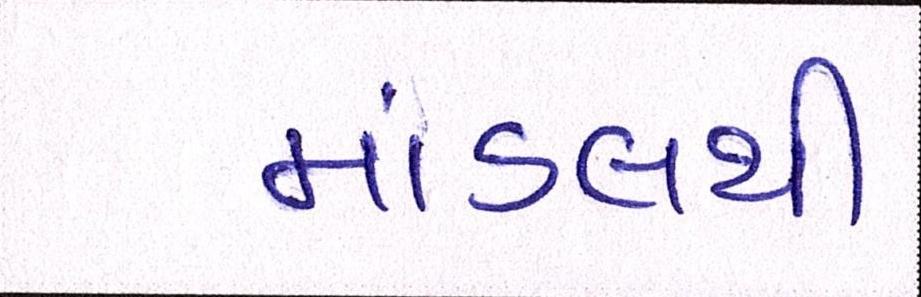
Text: માંડલથી